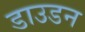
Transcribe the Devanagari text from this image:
डाउडन